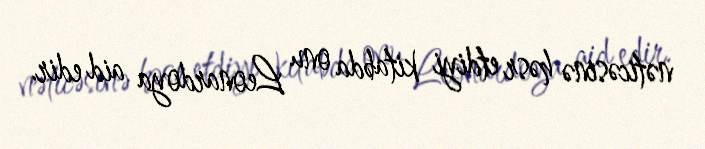
nəticəsinə həsr etdiyi kitabda onu Leonardoya aid edir.